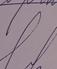
Signature authenticity: forged